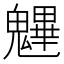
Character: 魓